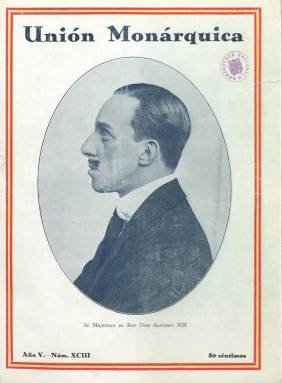
Título: Unión Monárquica
Colección: Monarquismo
Ámbito geográfico: Madrid
Lugar de publicación: Madrid
Fechas: 04/08/1930-01/04/1931

Es el órgano oficial de la Unión Monárquica Nacional (UMN), el nuevo partido fundado por antiguos ministros y exdirigentes de la Dictadura (1923-1930) y del anterior y extinto partido Unión Patriótica, tras el exilio y fallecimiento del general Miguel Primo de Rivera (1870-1930). Se considera “segunda época” de la revista Unión patriótica (1926-1930), que había sido el boletín oficial del partido “único” de la dictadura primoriverista y de igual denominación. De tal forma que la revista Unión monárquica continua la secuencia de su predecesora, apareciendo su primera entrega, el cuatro de agosto de 1930, como año quinto de edición y número 93, siendo una publicación exactamente semejante a la que sustituye, excepto su título.

La dirección del órgano de la UMN estará a cargo de José de Medina y Togores (1877-1934), vicesecretario segundo del nuevo partido, en el que se agrupará la extrema derecha monárquica, que defenderá la denominada ‘dictablanda’ del general Dámaso Berenguer (1873-1953), aunque no forme parte de su nuevo gobierno. El “jefe” del nuevo partido será el primer conde de Guadalhorce, Rafael Benjumea (1876-1952), y sus más destacados dirigentes fueron José Calvo Sotelo (1893-1936), Ramiro de Maeztu (1874-1936), José de Yanguas Messía (1890-1974), Galo Ponte y Escartín (1867-1943), José María Pemán (1897-1981), José Ibáñez Martín (1896-1969) o el hijo del fallecido dictador, José Antonio Primo de Rivera (1903-1936), así como el director del diario afín La Nación (1925-1936), Manuel Delgado Barreto (1879-1936), entre otros.

Publicará artículos para orientar en la ideología del nuevo partido, favorable al mantenimiento de la restricción de los derechos constitucionales por parte del gobierno Berenguer, por considerar que no se podía, “por ahora, gobernar a España de otra manera”, y defender la obra de la extinta dictadura del general Primo de Rivera, identificándose “con el espíritu del llorado caudillo”, tal es el epíteto que le da. Del tal forma, que una de las secciones de la publicación -que estará obligada igualmente a ser “visada por la censura”- lleva el epígrafe Los municipios de la Dictadura.

Formalmente igual que Unión patriótica, y con similar estructura de contenidos, Unión monárquica también se subtitula “revista quincenal ilustrada”, y seguirá publicando numerosos fotograbados, como el que ocupa íntegramente cada cubierta, comenzando de nuevo con el retrato del rey Alfonso XIII. Fotografías (muchas de ellas firmadas por Pío) que ilustran reportajes y otra serie de contenidos generales, en secciones tituladas Paseos por España (empezando por la provincia de Tarragona), Estampas españolas, Siluetas femeninas (semblanzas biográficas de reinas españolas), además de dedicar otras páginas al arte, a los viajes o a temas americanistas o europeos, o a agrícolas y financieros. También tiene una sección de Noticias y comentarios, y se publicarán artículos sobre la situación política. Es estampada en papel cuché, con números entre 34 y 44 páginas, compuestas a una y dos columnas, e inserta publicidad comercial. Escribirán en sus páginas, entre otros, Carlos Wilf, Luis León Domínguez, Julián Cortes Cavanillas, Rafael de Luis, Rafael M. Olivares, José Pemartín o el ya citado Pemán.

Ese título no llegará a cumplir el año de existencia y su colección la integran sólo diez entregas, al no estar completa. Corresponde la última al uno de abril de 1931 (número 107). Tras el fracaso de esta organización monárquica en las elecciones que llevan a la proclamación de la II República Española en ese mes, algunos de sus dirigentes serán encarcelados y otros se exilian. La UMN se disolverá y sus dirigentes fundarán otros partidos. En 1933, José Antonio Primo de Rivera funda Falange, y el exmaurista Antonio Goicoechea (1876-1953), Renovación Española; un año después, Calvo Sotelo hará lo mismo con el Bloque Nacional. Otros se sumaron a Acción Popular y a la Confederación Española de Derechas Autónomas (CEDA).